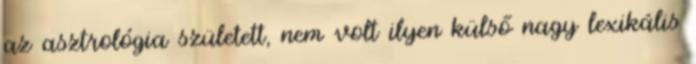
az asztrológia született, nem volt ilyen külső nagy lexikális